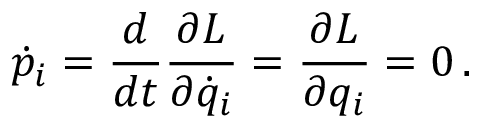
{ \dot { p } } _ { i } = { \frac { d } { d t } } { \frac { \partial L } { \partial { \dot { q } } _ { i } } } = { \frac { \partial L } { \partial q _ { i } } } = 0 \, .